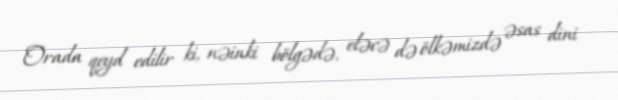
Orada qeyd edilir ki, nəinki bölgədə, eləcə də ölkəmizdə əsas dini